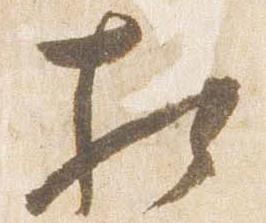
相